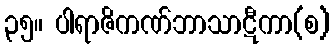
၃၅။ ပါရာဇိကဏ်ဘာသာဋီကာ(စ)